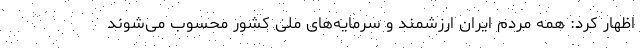
اظهار کرد: همه مردم ایران ارزشمند و سرمایه‌های ملی کشور محسوب می‌شوند